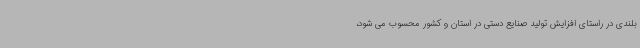
بلندی در راستای افزایش تولید صنایع دستی در استان و کشور محسوب می شود،